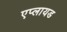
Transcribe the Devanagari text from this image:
एप्लायड